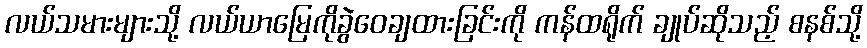
လယ်သမားများသို့ လယ်ယာမြေကိုခွဲဝေချထားခြင်းကို ကန်ထရိုက် ချုပ်ဆိုသည့် စနစ်သို့